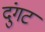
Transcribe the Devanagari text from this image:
दुंगट